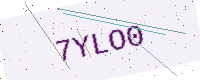
Text: 7YLO0